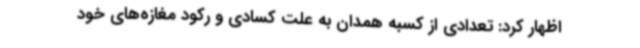
اظهار کرد: تعدادی از کسبه همدان به علت کسادی و رکود مغازه‌های خود